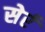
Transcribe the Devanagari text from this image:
सेर्र